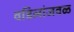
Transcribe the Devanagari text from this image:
वडिलांजवळ